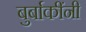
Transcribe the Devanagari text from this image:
बुर्बाकींनी